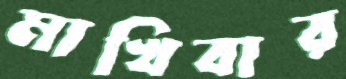
মাখিবার